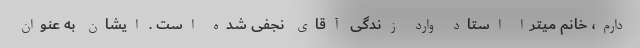
دارم، خانم میترا استاد وارد زندگی آقای نجفی شده است . ایشان به عنوان